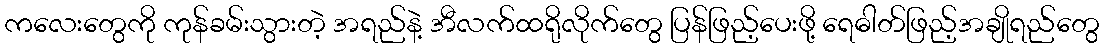
ကလေးတွေကို ကုန်ခမ်းသွားတဲ့ အရည်နဲ့ အီလက်ထရိုလိုက်တွေ ပြန်ဖြည့်ပေးဖို့ ရေဓါတ်ဖြည့်အချိုရည်တွေ